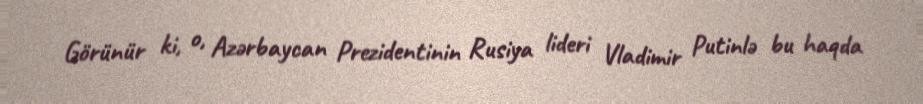
Görünür ki, o, Azərbaycan Prezidentinin Rusiya lideri Vladimir Putinlə bu haqda